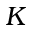
K